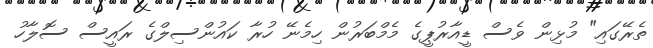
ތެރޭގައި" މުޅިން ވެސް ޑީއާރުޕީގެ މެމްބަރުން ހިމެނޭ ހުރާ ކައުންސިލްގެ ރައީސް ސޮލާހު